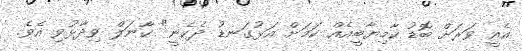
އެއީ ވަރަށް ބޮޑު ކާމިޔާބީއެއް ކަމަށް އަޅުގަނޑު ދެކެނީ" ކާނަލް ވިދާޅުވި އެވެ.